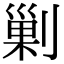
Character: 剿